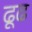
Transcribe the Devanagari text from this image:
ढूढ